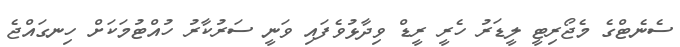
ސެނެޓްގެ މެޖޯރިޓީ ލީޑަރު ހެރީ ރީޑް ވިދާޅުވެފައި ވަނީ ސަރުކާރު ހުއްޓުމަކަށް ހިނގައްޖެ